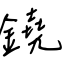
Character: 鐃